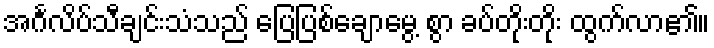
အင်္ဂလိပ်သီချင်းသံသည် ပြေပြစ်ချောမွေ့ စွာ ခပ်တိုးတိုး ထွက်လာ၏။